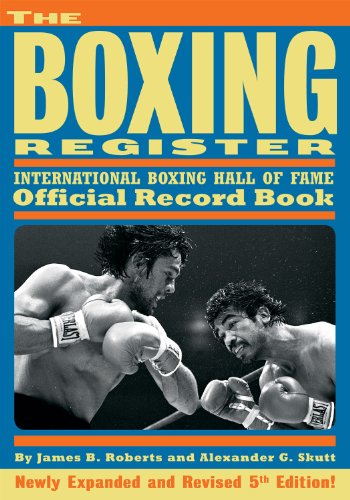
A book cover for The Boxing Register: International Boxing Hall of Fame Official Record Book; James B. Roberts; Biographies & Memoirs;